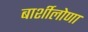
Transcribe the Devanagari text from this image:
बार्शीलोणा